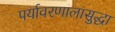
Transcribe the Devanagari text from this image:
पर्यावरणालासुद्धा